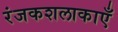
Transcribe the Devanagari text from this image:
रंजकशलाकाएँ